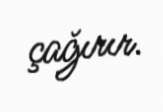
çağırır.